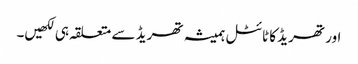
اور تھریڈ کا ٹائٹل ہمیشہ تھریڈ سے متعلقہ ہی لکھیں۔